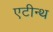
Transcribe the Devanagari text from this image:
एटीन्थ